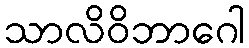
သာလိဝိဘာဂေါ